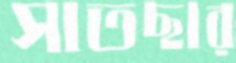
সাতছার